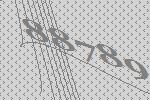
88789